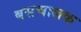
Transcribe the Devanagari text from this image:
बसचालक